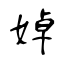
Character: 婥